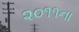
૨૦૧૧ના